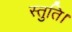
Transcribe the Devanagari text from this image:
स्तुति।